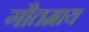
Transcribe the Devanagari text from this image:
गौतमाय